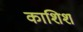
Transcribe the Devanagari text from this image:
काशिश